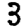
Digit: 3